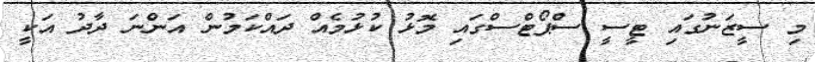
މި ސީޒަނުގައި ޓީސީ ސްޕޯޓްސްގައި މޮޅު ކުޅުމެއް ދައްކަމުން އަންނަ ދާދު އަކީ